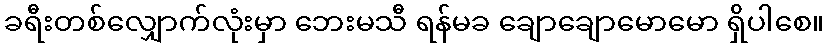
ခရီးတစ်လျှောက်လုံးမှာ ဘေးမသီ ရန်မခ ချောချောမောမော ရှိပါစေ။